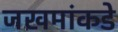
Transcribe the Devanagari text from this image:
जखमांकडे